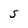
Character: S